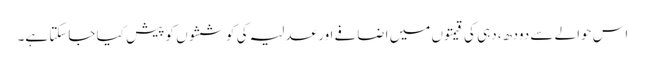
اس حوالے سے دودھ، دہی کی قیمتوں میں اضافے اور عدلیہ کی کوششوں کو پیش کیا جاسکتا ہے۔